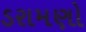
ડરામણો